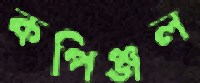
কপিঞ্জল